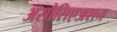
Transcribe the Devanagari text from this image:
असोसिएअशन